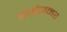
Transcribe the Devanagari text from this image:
वाईजनर